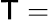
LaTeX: \mathsf{T}=